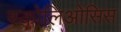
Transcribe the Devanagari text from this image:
स्कोलिओसिस